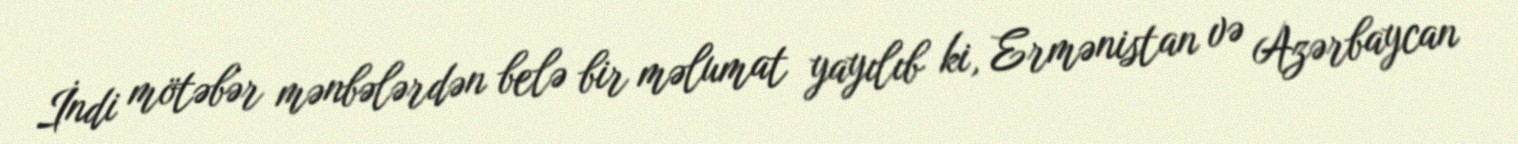
İndi mötəbər mənbələrdən belə bir məlumat yayılıb ki, Ermənistan və Azərbaycan